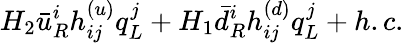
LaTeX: H_{2}\bar{u}_{R}^{i}h_{ij}^{(u)}q_{L}^{j}+H_{1}\bar{d}_{R}^{i}h_{ij}^{(d)}q_{L}^{j}+h.c.